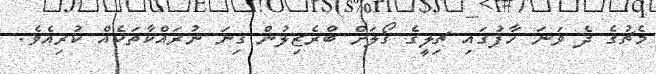
މެޗުގެ ދެ ވަނަ ހާފުގައި ޗިލީގެ ގޯލަށް ބްރެޒިލުން ގިނަ ނުރައްކާތަކެއް ކުރިއެވެ.